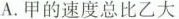
A.甲的速度总比乙大